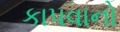
કાપવાનો